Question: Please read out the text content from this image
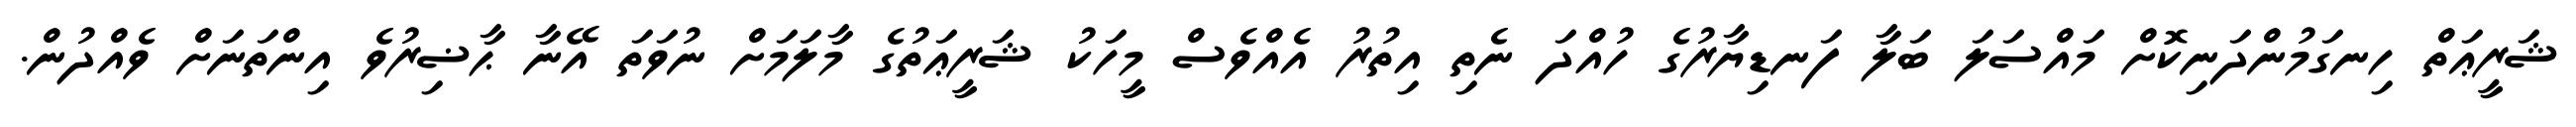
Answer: ޝަރީޢަތް ހިނގަމުންދަނިކޮށް މައްސަލަ ބަލާ ފަނޑިޔާރުގެ ހުއްދަ ނެތި އިތުރު އެއްވެސް މީހަކު ޝަރީޢަތުގެ މާލަމަށް ނުވަތަ އޭނާ ޙާޟިރުވެ އިންތަނަށް ވެއްދުން.